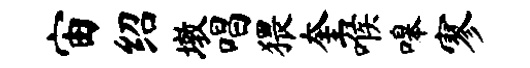
宙绍墩唱猥奎喉嗥寥